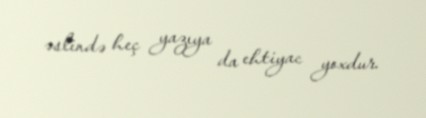
əslində heç yazıya da ehtiyac yoxdur.